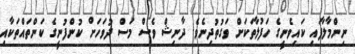
ނިންމާލާފައި ކައިވެނީގެ ހަފުލާތަކަށް ވަގުތުދިނެވެ. ދާނިޝް ވެސް މަސް ދުވަހަށް ކުންފުނީގެ ކަންތައްތަކާއި